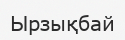
Ырзықбай